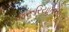
જરૂરિયાતની